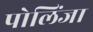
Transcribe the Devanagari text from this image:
पोलिंजा